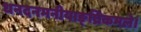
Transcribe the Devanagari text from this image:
धनदनमनीयाङ्‌घ्रिकमले।